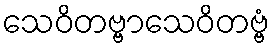
သေဝိတဗ္ဗာသေဝိတဗ္ဗံ